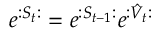
e ^ { : S _ { t } : } = e ^ { : S _ { t - 1 } : } e ^ { : \hat { V } _ { t } : }